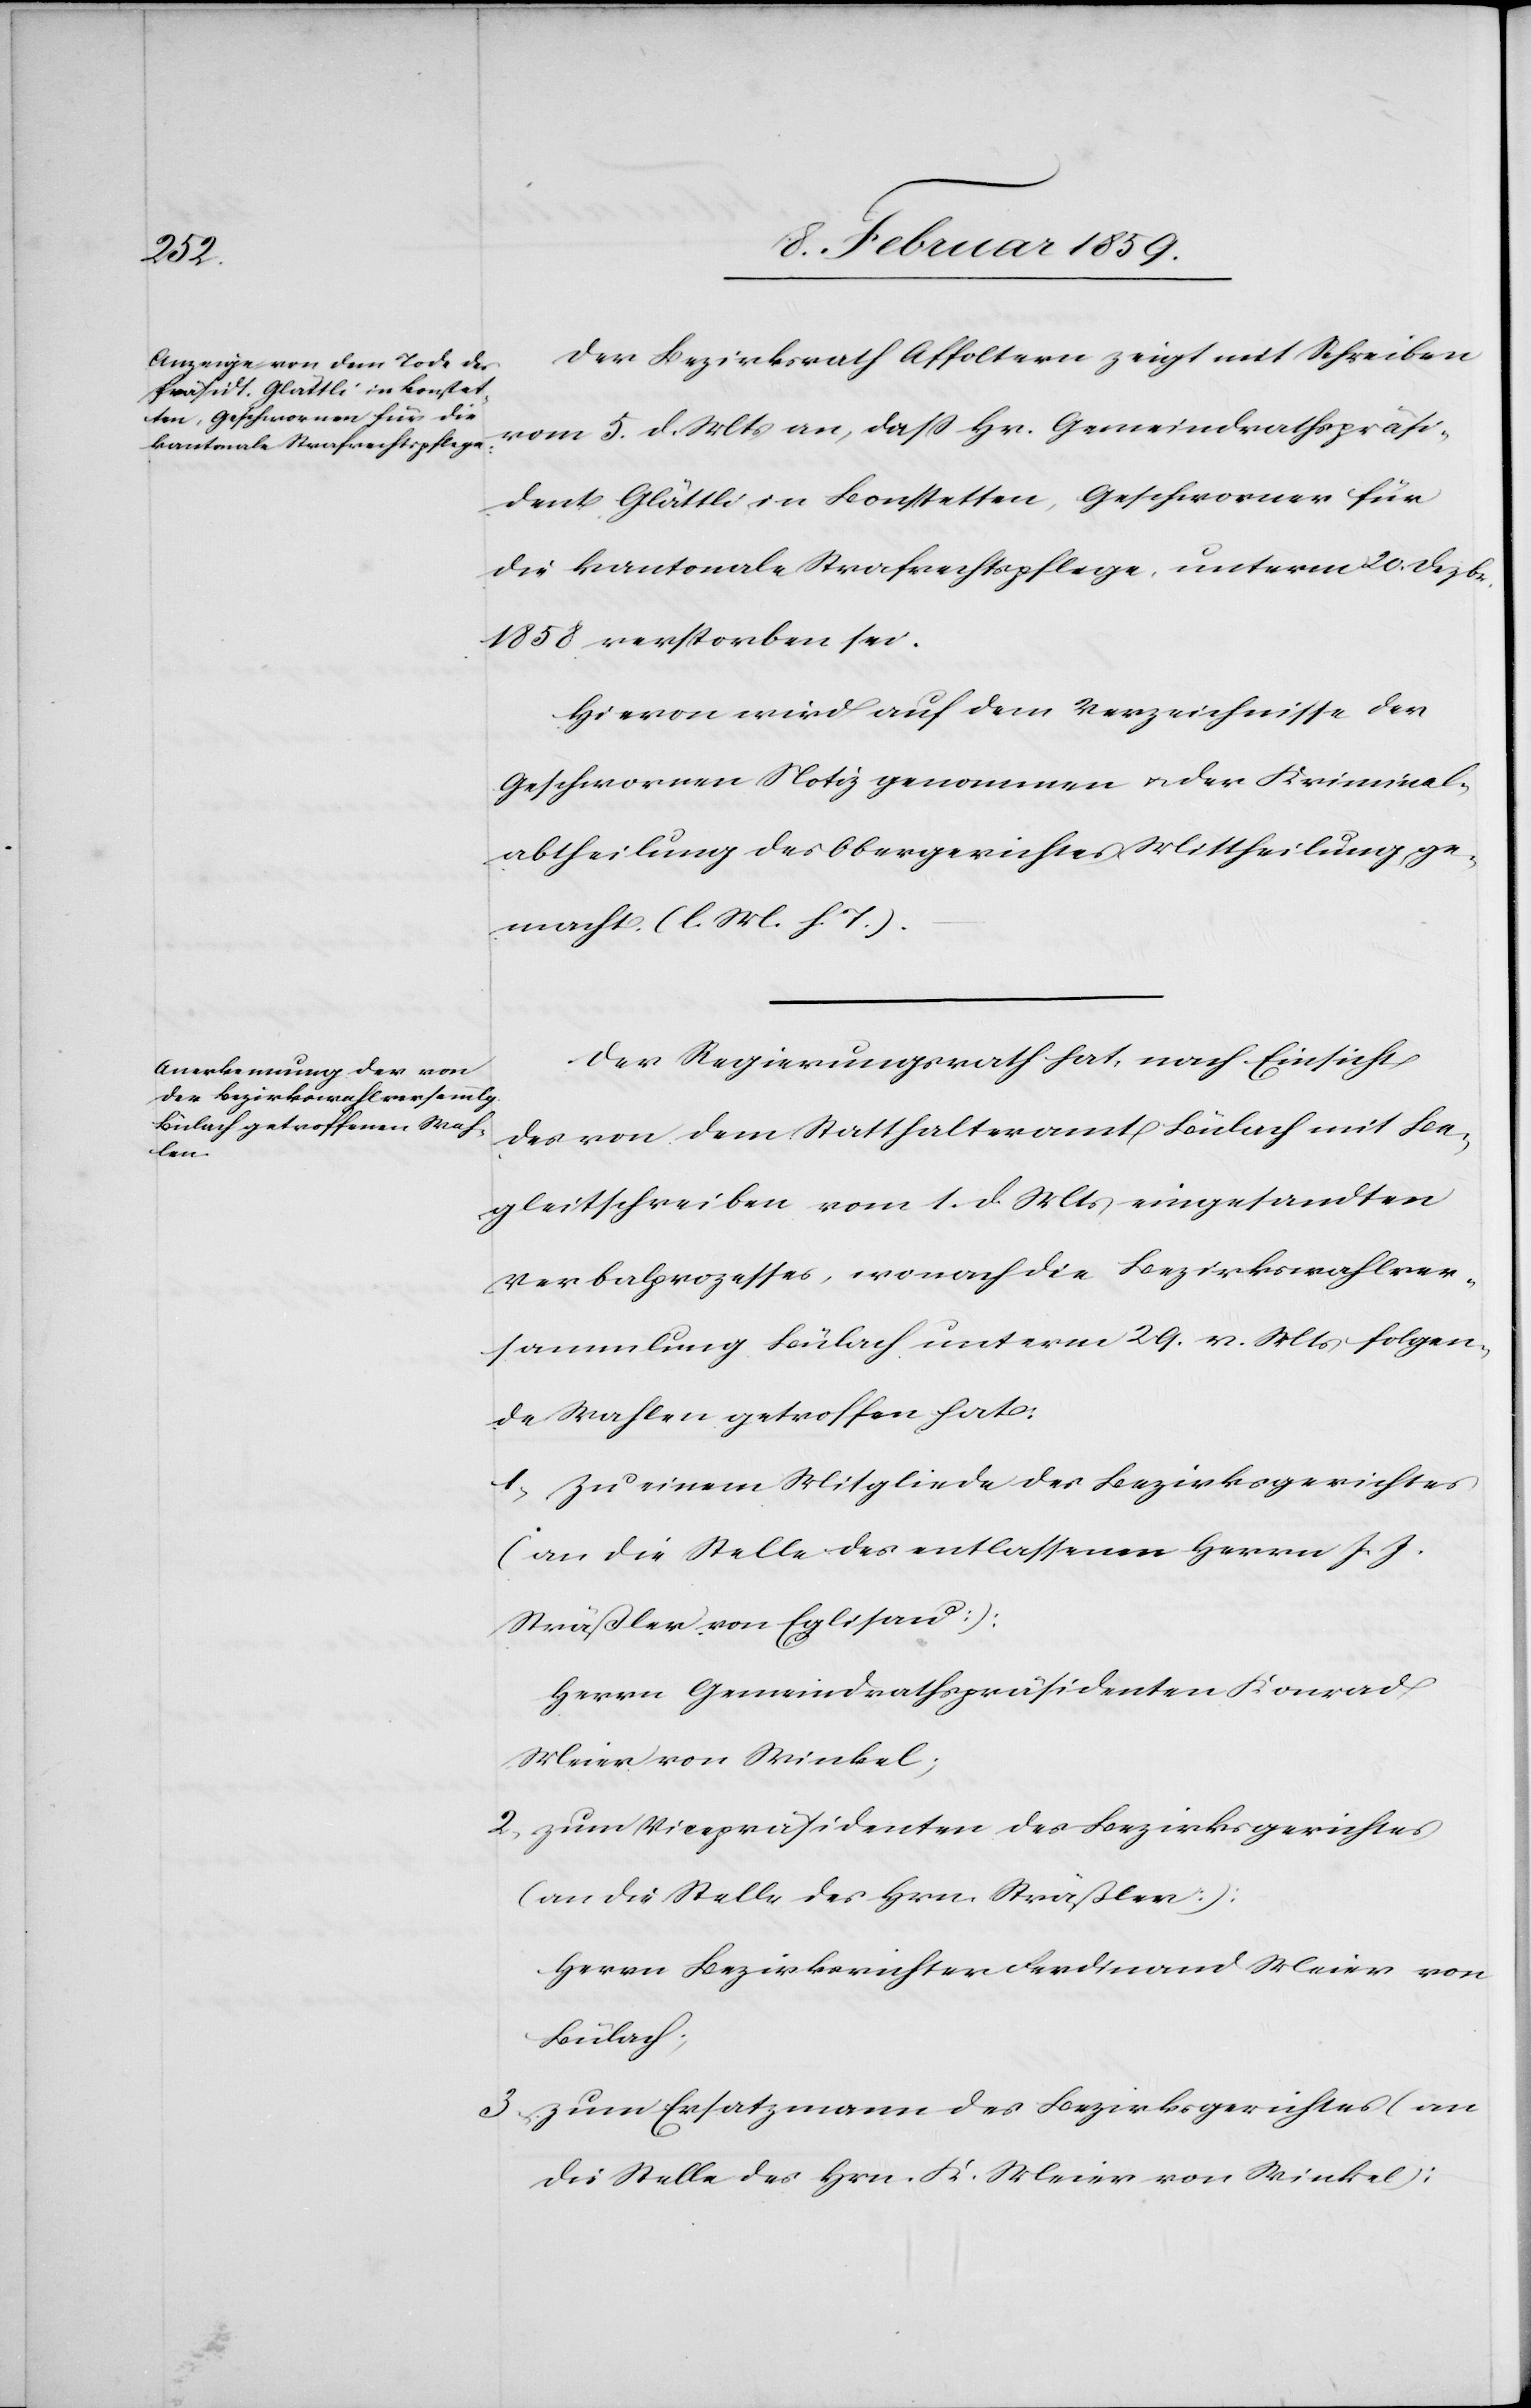
Der Bezirksrath Affoltern zeigt mit Schreiben
vom 5. d. Mts. an, daß Hr. Gemeindrathspräsi¬
dent Glättli in Bonstetten, Geschworener für
die kantonale Strafrechtspflege, unterm 20. Dezbr.
1858 verstorben sei.
Hievon wird auf dem Verzeichnisse der
Geschwornen Notiz genommen u. der Kriminal¬
abtheilung des Obergerichtes Mittheilung ge¬
macht. (l. M. h. T.).
Der Regierungsrath hat, nach Einsicht
des von dem Statthalteramt Bülach mit Be¬
gleitschreiben vom 1. d. Mts eingesandten
Verbalprozesses, wonach die Bezirkswahlver¬
sammlung Bülach unterm 29. v. Mts. folgen¬
de Wahlen getroffen hat:
1, Zu einem Mitgliede des Bezirksgerichtes
(an die Stelle des entlassenen Herrn J. J.
Sträßler von Eglisau):
Herrn Gemeindrathspräsidenten Konrad
Meier von Winkel;
2, zum Vicepräsidenten des Bezirksgerichtes
(an die Stelle des Hrn. Sträßler):
Herrn Bezirksrichter Ferdinand Meier von
Bülach;
3, zum Ersatzmann des Bezirksgerichtes (an
die Stelle des Hrn. K. Meier von Winkel):